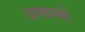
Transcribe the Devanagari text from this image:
अस्वस्थों